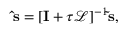
\ensuremath { \mathbf { \hat { s } } } = [ { \mathbf I } + \tau \mathcal { L } ] ^ { - 1 } \ensuremath { \mathbf { \tilde { s } } } ,